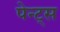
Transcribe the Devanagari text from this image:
पेन्ट्‌स